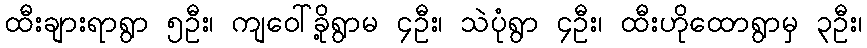
ထီးချားရာရွာ ၅ဦး၊ ကျဝေါ်ခို့ရွာမ ၄ဦး၊ သဲပုံရွာ ၄ဦး၊ ထီးဟိုထောရွာမှ ၃ဦး၊